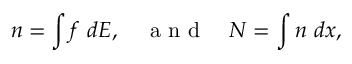
n = \int f \ d E , \quad \mathrm { ~ a ~ n ~ d ~ } \quad N = \int n \ d \boldsymbol { x } ,